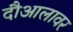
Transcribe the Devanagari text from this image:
दौआलावर